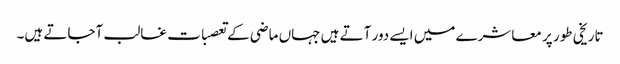
تاریخی طور پر معاشرے میں ایسے دور آتے ہیں جہاں ماضی کے تعصبات غالب آجاتے ہیں۔